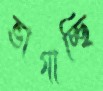
ভাগাচ্ছি